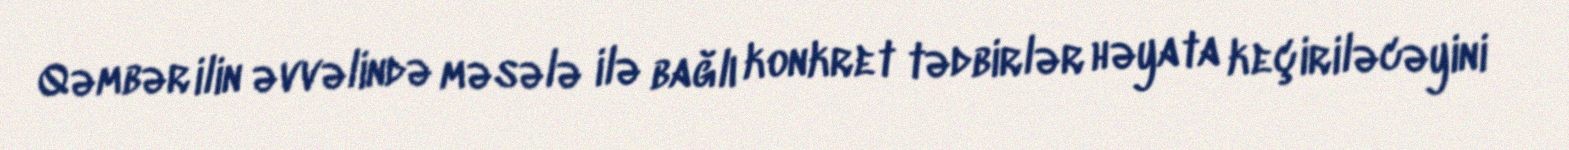
Qəmbər ilin əvvəlində məsələ ilə bağlı konkret tədbirlər həyata keçiriləcəyini